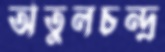
অতুলচন্দ্র